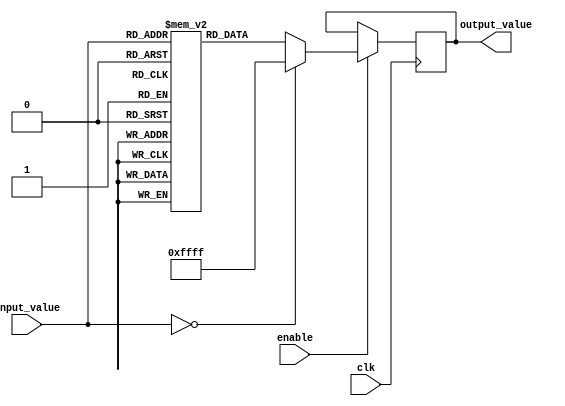
module lut_reciprocal(
    input wire [7:0] input_value,   // 8-bit fixed-point input value
    output reg [15:0] output_value,  // 16-bit fixed-point reciprocal output
    input wire clk,                  // Clock signal
    input wire enable                // Enable signal for processing
);

// LUT: Precomputed reciprocal values for quantized input values
reg [15:0] lut [0:255]; // 256 entries for 8-bit input

// Initialize LUT with precalculated reciprocal values
initial begin
    // Precompute reciprocal values for each index (small values for demo purpose)
    // Example values; should be replaced with actual reciprocal calculations
    lut[0] = 16'hFFFF; // Handle zero case
    lut[1] = 16'hFFFF; // 1
    lut[2] = 16'h7FFF; // 0.5
    // Populate the rest of the LUT with appropriate reciprocal values
    // ...
    lut[255] = 16'h0000; // Edge case for maximum input
end

// Normalization and LUT read logic
always @(posedge clk) begin
    if (enable) begin
        if (input_value == 8'b0) begin
            output_value <= 16'hFFFF; // Return a predefined value for zero input
        end else begin
            output_value <= lut[input_value]; // Read from LUT
        end
    end
end

endmodule